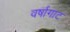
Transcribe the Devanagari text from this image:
वर्षागाट